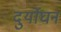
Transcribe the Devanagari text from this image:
दुर्योघन